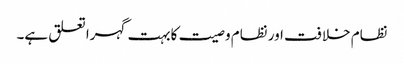
نظام خلافت اور نظام وصیت کابہت گہرا تعلق ہے۔